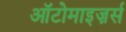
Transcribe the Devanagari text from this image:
ऑटोमाइज़र्स